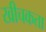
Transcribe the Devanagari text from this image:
खीचकता